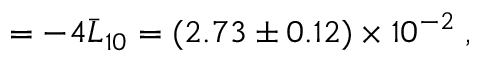
= - 4 \bar { L } _ { 1 0 } = ( 2 . 7 3 \pm 0 . 1 2 ) \times 1 0 ^ { - 2 } \; ,